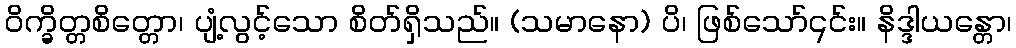
ဝိက္ခိတ္တစိတ္တော၊ ပျံ့လွင့်သော စိတ်ရှိသည်။ (သမာနော) ပိ၊ ဖြစ်သော်၎င်း။ နိဒ္ဒါယန္တော၊